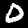
Digit: 0